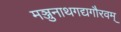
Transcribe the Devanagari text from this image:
मञ्जुनाथगद्यगौरवम्